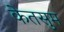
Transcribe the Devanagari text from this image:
केतसुम